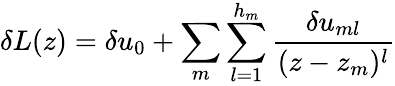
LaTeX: \delta L(z)=\delta u_{0}+\sum_{m}\sum_{l=1}^{h_{m}}{\frac{\delta u_{ml}}{(z-z_{m})^{l}}}